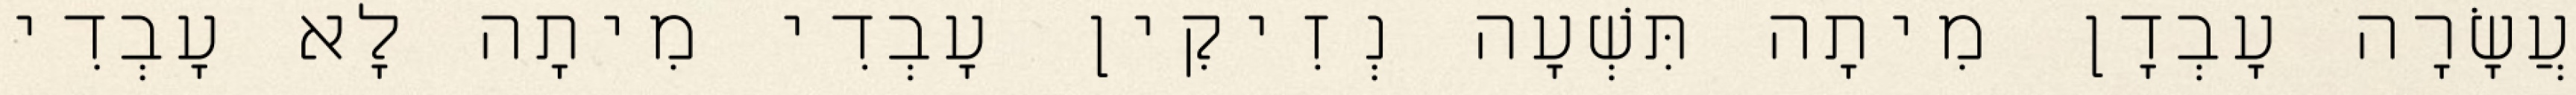
עֲשָׂרָה עָבְדָן מִיתָה תִּשְׁעָה נְזִיקִין עָבְדִי מִיתָה לָא עָבְדִי